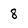
Character: 8